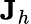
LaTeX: \mathbf{J}_{h}